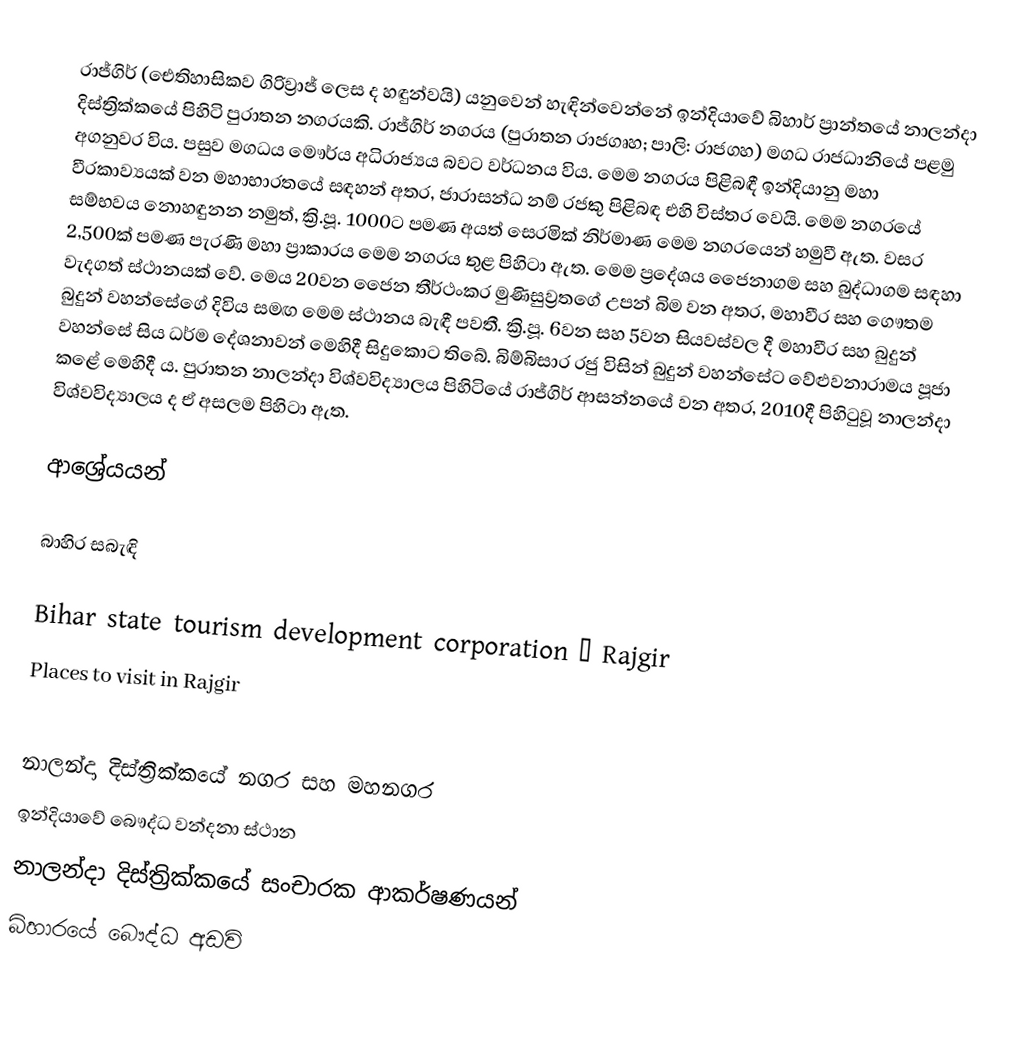
රාජ්ගිර් (ඓතිහාසිකව ගිරිව්‍රාජ් ලෙස ද හඳුන්වයි) යනුවෙන් හැඳින්වෙන්නේ ඉන්දියාවේ බිහාර් ප්‍රාන්තයේ නාලන්දා දිස්ත්‍රික්කයේ පිහිටි පුරාතන නගරයකි. රාජ්ගිර් නගරය (පුරාතන රාජගෘහ; පාලි: රාජගහ) මගධ රාජධානියේ පළමු අගනුවර විය. පසුව මගධය මෞර්ය අධිරාජ්‍යය බවට වර්ධනය විය. මෙම නගරය පිළිබඳී ඉන්දියානු මහා වීරකාව්‍යයක් වන මහාභාරතයේ සඳහන් අතර, ජාරාසන්ධ නම් රජකු පිළිබඳ එහි විස්තර වෙයි. මෙම නගරයේ සම්භවය නොහඳුනන නමුත්, ක්‍රි.පූ. 1000ට පමණ අයත් සෙරමික් නිර්මාණ මෙම නගරයෙන් හමුවී ඇත. වසර 2,500ක් පමණ පැරණි මහා ප්‍රාකාරය මෙම නගරය තුළ පිහිටා ඇත. මෙම ප්‍රදේශය ජෛනාගම සහ බුද්ධාගම සඳහා වැදගත් ස්ථානයක් වේ. මෙය 20වන ජෛන තීර්ථංකර මුණිසුව්‍රතගේ උපන් බිම වන අතර, මහාවීර සහ ගෞතම බුදුන් වහන්සේගේ දිවිය සමඟ මෙම ස්ථානය බැඳී පවතී. ක්‍රි.පූ. 6වන සහ 5වන සියවස්වල දී මහාවීර සහ බුදුන් වහන්සේ සිය ධර්ම දේශනාවන් මෙහිදී සිදුකොට තිබේ. බිම්බිසාර රජු විසින් බුදුන් වහන්සේට වේළුවනාරාමය පූජා කළේ මෙහිදී ය. පුරාතන නාලන්දා විශ්වවිද්‍යාලය පිහිටියේ රාජ්ගිර් ආසන්නයේ වන අතර, 2010දී පිහිටුවූ නාලන්දා විශ්වවිද්‍යාලය ද ඒ අසලම පිහිටා ඇත.

ආශ්‍රේයයන්

බාහිර සබැඳි

 Bihar state tourism development corporation – Rajgir
 Places to visit in Rajgir

නාලන්දා දිස්ත්‍රික්කයේ නගර සහ මහනගර
ඉන්දියාවේ බෞද්ධ වන්දනා ස්ථාන
නාලන්දා දිස්ත්‍රික්කයේ සංචාරක ආකර්ෂණයන්
බිහාරයේ බෞද්ධ අඩවි